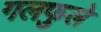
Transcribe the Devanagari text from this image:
गलफुले